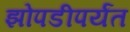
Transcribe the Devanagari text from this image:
झोपडीपर्यंत